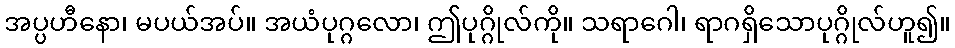
အပ္ပဟီနော၊ မပယ်အပ်။ အယံပုဂ္ဂလော၊ ဤပုဂ္ဂိုလ်ကို။ သရာဂေါ၊ ရာဂရှိသောပုဂ္ဂိုလ်ဟူ၍။